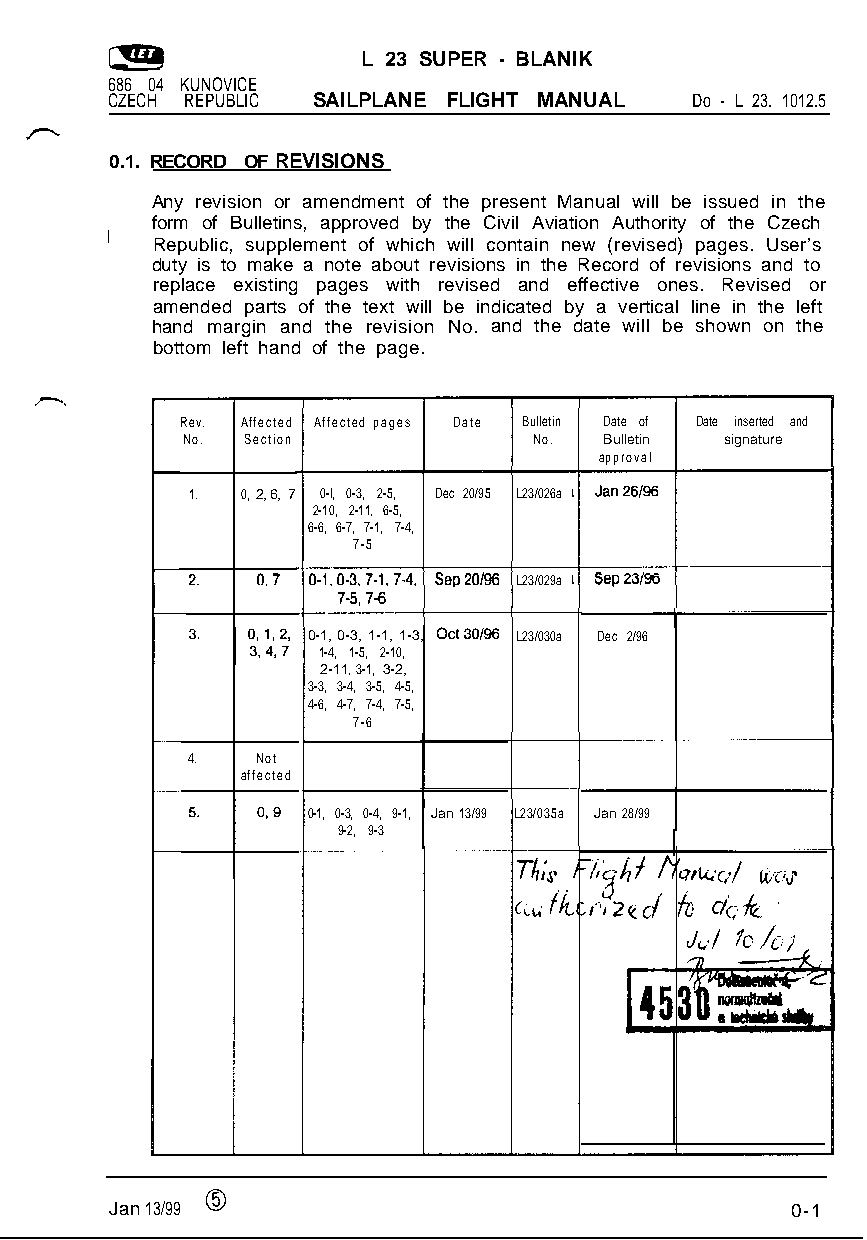
L 23 SUPER - BLANIK
 686 04 KUNOVICE
 CZECH REPUBLIC SAILPLANE FLIGHT MANUAL Do - L 23. 1012.5
 0.1. RECORD OF REVISIONS
 Any revision or amendment of the present Manual will be issued in the
 form of Bulletins, approved by the Civil Aviation Authority of the Czech
 I
 Republic, supplement of which will contain new (revised) pages. User’s
 duty is to make a note about revisions in the Record of revisions and to
 replace existing pages with revised and effective ones. Revised or
 amended parts of the text will be indicated by a vertical line in the left
 hand margin and the revision No. and the date will be shown on the
 bottom left hand of the page.
 Rev. Affected Affected pages Date Bulletin Date of Date inserted and
 No. Section            No.  Bulletin signature
 approval
 1. 0, 2, 6, 7 0-l, 0-3, 2-5, Dec 20/95 L23/026a
 2-10, 2-11, 6-5,
 6-6, 6-7, 7-1, 7-4,
 7-5
 L23/029a
 0-1, 0-3, 1-1, 1-3, L23/030a Dec 2/96
 1-4, 1-5, 2-10,
 2-11, 3-1, 3-2,
 3-3, 3-4, 3-5, 4-5,
 4-6, 4-7, 7-4, 7-5,
 7-6
 4.   Not
 affected
 0-1, 0-3, 0-4, 9-1, Jan 13/99 L23/035a Jan 28/99
 9-2, 9-3
 Jan 13/99 0                                  0-1